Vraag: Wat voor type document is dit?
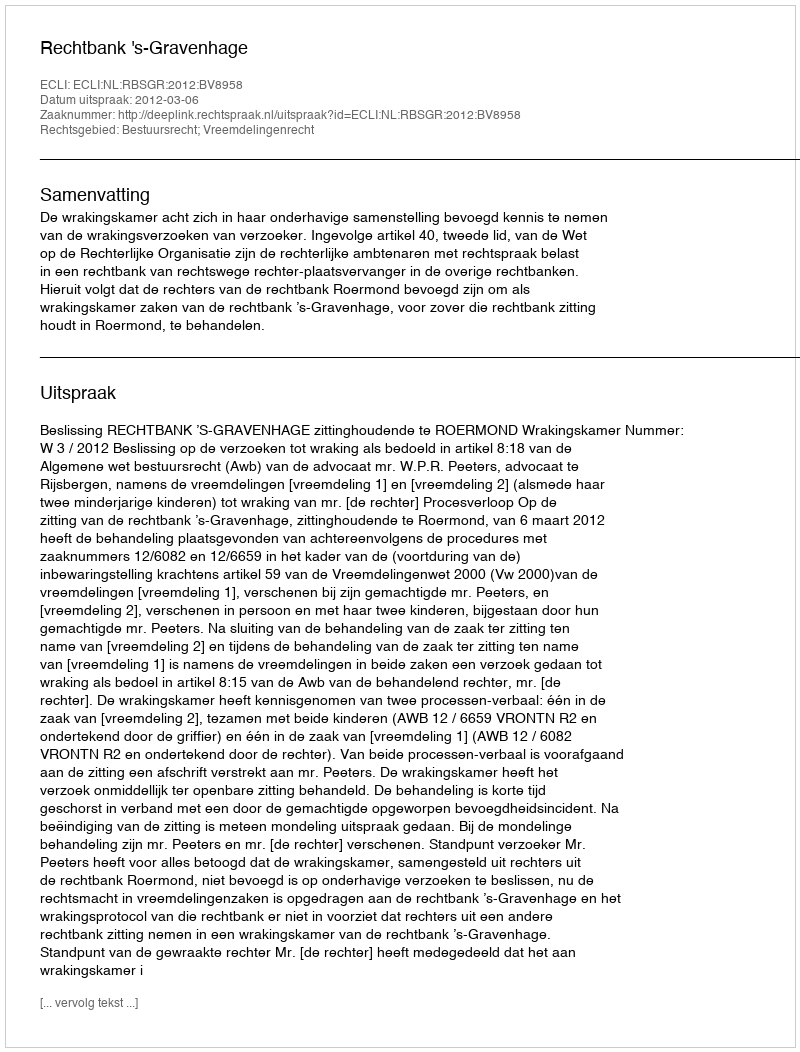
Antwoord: Uitspraak